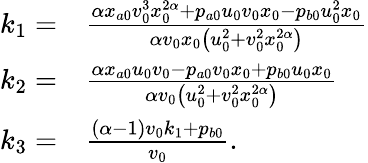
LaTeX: \begin{array}{rl}{k_{1}=}&{\frac{\alpha x_{a0}v_{0}^{3}x_{0}^{2\alpha}+p_{a0}u_{0}v_{0}x_{0}-p_{b0}u_{0}^{2}x_{0}}{\alpha v_{0}x_{0}\left(u_{0}^{2}+v_{0}^{2}x_{0}^{2\alpha}\right)}}\\ {k_{2}=}&{\frac{\alpha x_{a0}u_{0}v_{0}-p_{a0}v_{0}x_{0}+p_{b0}u_{0}x_{0}}{\alpha v_{0}\left(u_{0}^{2}+v_{0}^{2}x_{0}^{2\alpha}\right)}}\\ {k_{3}=}&{\frac{(\alpha-1)v_{0}k_{1}+p_{b0}}{v_{0}}.}\end{array}